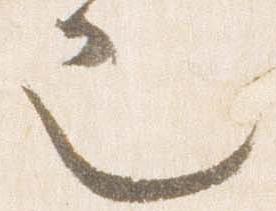
也